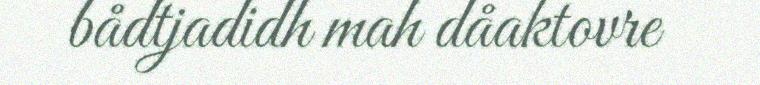
bådtjadidh mah dåaktovre